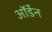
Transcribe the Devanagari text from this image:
ऑर्डेन